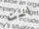
لست